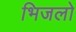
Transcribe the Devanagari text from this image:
भिजलो